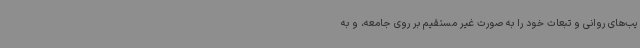
یب‌های روانی و تبعات خود را به صورت غیر مستقیم بر روی جامعه، و به